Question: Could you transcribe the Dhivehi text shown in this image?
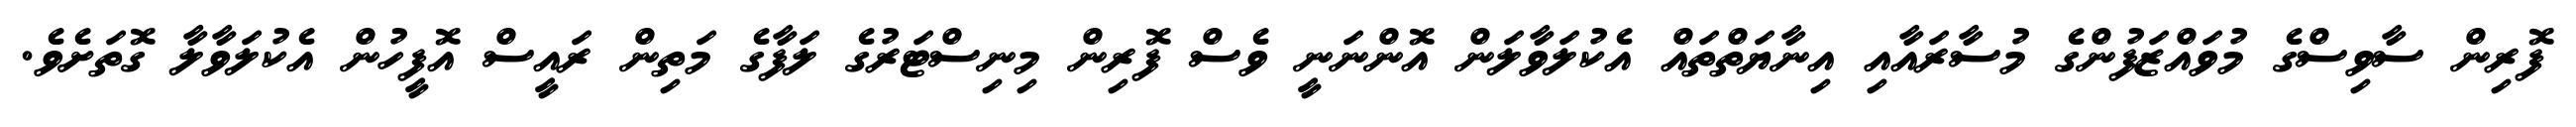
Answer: ފޮރިން ސާވިސްގެ މުވައްޒަފުންގެ މުސާރައާއި އިނާޔަތްތައް އެކުލަވާލަން އޮންނަނީ ވެސް ފޮރިން މިނިސްޓަރުގެ ލަފާގެ މަތިން ރައީސް އޮފީހުން އެކުލަވާލާ ގޮތަށެވެ.